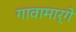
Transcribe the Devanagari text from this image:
गावामार्गे